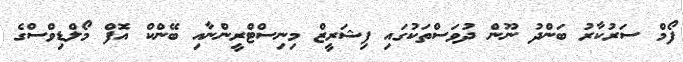
ފޯމް ސަރުކާރު ބަންދު ނޫން ދުވަސްތަކުގައި ފިޝަރީޒް މިނިސްޓްރީންނާއި ބޭންކް އޮފް މޯލްޑިވްސްގެ